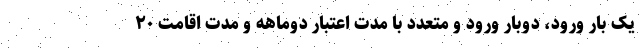
یک بار ورود، دوبار ورود و متعدد با مدت اعتبار دوماهه و مدت اقامت ۲۰